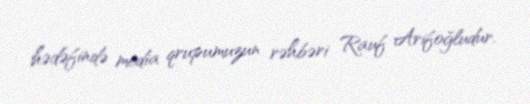
hədəfində media qrupumuzun rəhbəri Rauf Arifoğludur.